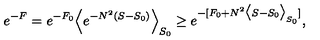
e ^ { - F } = e ^ { - F _ { 0 } } \Big < e ^ { - N ^ { 2 } ( S - S _ { 0 } ) } \Big > _ { S _ { 0 } } \ge e ^ { - [ F _ { 0 } + N ^ { 2 } \big < S - S _ { 0 } \big > _ { S _ { 0 } } ] } ,